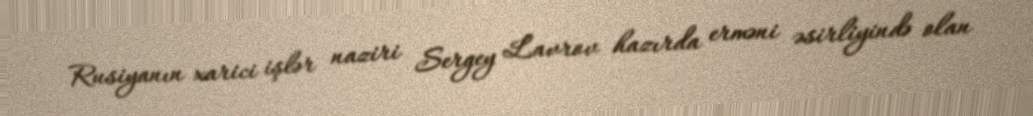
Rusiyanın xarici işlər naziri Sergey Lavrov hazırda erməni əsirliyində olan